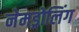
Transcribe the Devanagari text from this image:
नेमड्रोलिंग